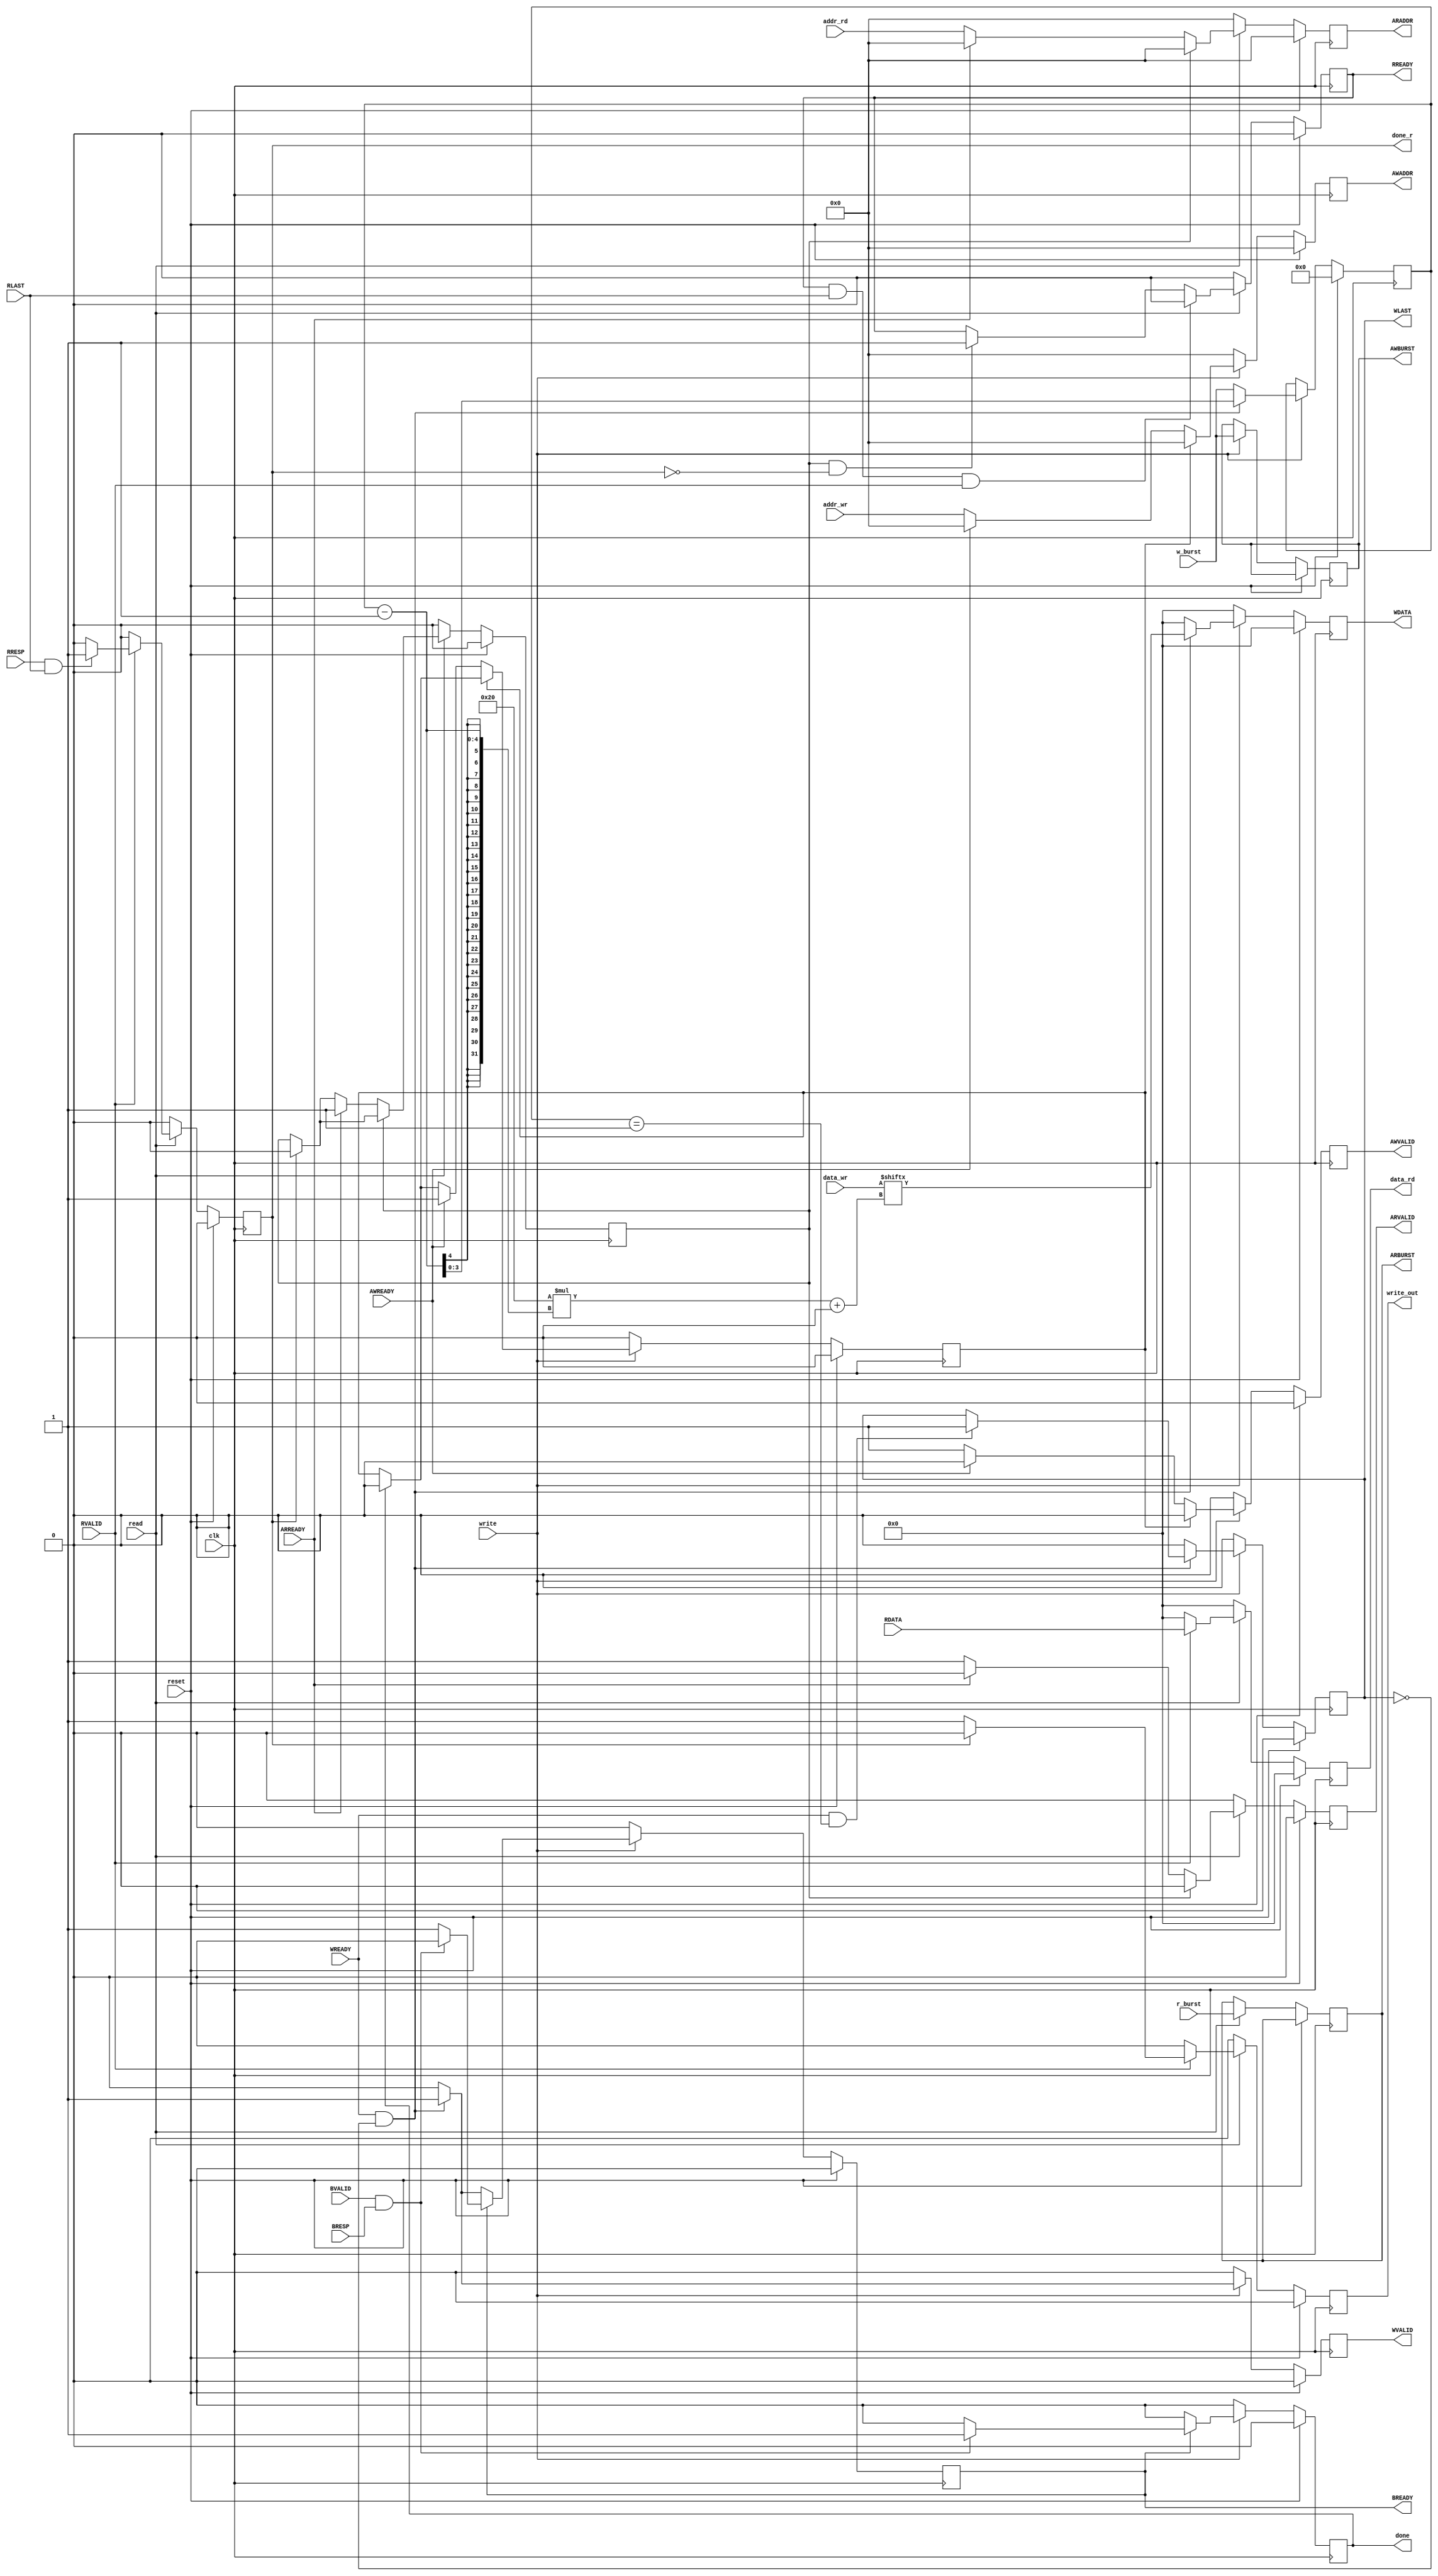
module axi_master_interface(
    input clk,
    input reset,
    //AW Channel
    output reg [7:0] AWADDR,
    output reg AWVALID,
    output reg [3:0] AWBURST,
    input AWREADY,

    //W Channel
    output reg [31:0] WDATA,
    output reg WVALID,
    output reg WLAST,
    input WREADY,

    //B Channel
    input BRESP,
    input BVALID,
    output reg BREADY,
    
    //AR Channel
    output reg [7:0] ARADDR,
    output reg ARVALID,
    output reg [3:0] ARBURST,
    input ARREADY,
    
    //R Channel 
    input [31:0] RDATA,
    input RVALID,
    output reg RREADY,
    input RLAST,
    input RRESP,
    
    //to cache/buffer
    output reg [31:0] data_rd,
    output reg done,
    output reg done_r,
    output reg write_out,
    input write,
    input read,
    input [7:0] addr_wr,
    input [7:0] addr_rd,
    input [127:0] data_wr,
    input [3:0] r_burst,
    input [3:0] w_burst
);

    reg flag_w, flag_r;
    reg [3:0] wburst_reg, rburst_reg;
    always @(posedge clk) begin
        if (reset) begin
            AWADDR <= 0;
            AWVALID <= 0;
            WDATA <= 0;
            WVALID <= 0;
            WLAST <= 0;
            BREADY <= 0;
            ARADDR <= 0;
            ARVALID <= 0;
            RREADY <= 0;
            data_rd <= 0;
            done <= 0;
            done_r <= 0;
            flag_w <= 0;
            flag_r <= 0;
            wburst_reg <= 0;
            rburst_reg <= 0;
            write_out <= 0;
        end
        else begin
            if (write) begin
                AWBURST <= w_burst;
                wburst_reg <= w_burst;
                if (done) flag_w <= 0;
                if (!flag_w) begin
                    AWADDR <= addr_wr;
                    AWVALID <= 1;
                    if (AWREADY) begin
                        AWADDR <= 0;
                        AWVALID <= 0;
                        flag_w <= 1;
                    end
                end
                else begin
                    AWADDR <= 0;
                    AWVALID <= 0;
                end
                
                if (WREADY && wburst_reg == 1) begin
                    WLAST <= 1;
                end

                if (WREADY && !WLAST) begin
                    WDATA <= data_wr[32 * (wburst_reg - 1) +: 32];
                    wburst_reg <= wburst_reg - 1;
                    WVALID <= 1;
                    BREADY <= 1;
                end
                else begin
                    WDATA <= 0;
                    WVALID <= 0;
                    WLAST <= 0;
                    BREADY <= 0;
                end

                if (BREADY) begin
                    if (BVALID && BRESP) begin
                        BREADY <= 0;
                        done <= 1;
                    end
                    else begin
                        BREADY <= 1;
                        done <= 0;
                    end
                end
                else begin
                    done <= 0;
                end
            end
            else begin
                AWADDR <= 0;
                AWVALID <= 0;
                WDATA <= 0;
                WVALID <= 0;
                WLAST <= 0;
                BREADY <= 0;
                done <= 0;
                flag_w <= 0;
            end
            
            if (read) begin
                ARBURST <= r_burst;
                if (done_r) flag_r <= 0;
                if (!flag_r) begin
                    ARADDR <= addr_rd;
                    ARVALID <= 1;
                    if (ARREADY) begin
                        ARADDR <= 0;
                        ARVALID <= 0;
                        flag_r <= 1;
                    end
                end
                else begin
                    ARADDR <= 0;
                    ARVALID <= 0;
                end


                if (flag_r && !done_r) begin
                    RREADY <= 1;
                end
                if (RREADY && RLAST && RVALID) begin
                    RREADY <= 0;
                end
                
                if (RVALID) begin
                    data_rd <= RDATA;
                    write_out <= 1;
                    if (RRESP && RLAST) done_r <= 1;
                    else done_r <= 0;
                    if (done_r) write_out <= 0;
                end
                else begin
                    done_r <= 0;
                    data_rd <= 0;
                    write_out <= 0;
                end
            end
            else begin
                ARADDR <= 0;
                ARVALID <= 0;
                RREADY <= 0;
                data_rd <= 0;
                write_out <= 0;
                flag_r <= 0;
                done_r <= 0;
            end
        end
    end

endmodule